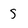
Character: 5